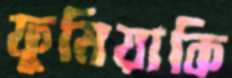
ফুমিয়াকি